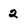
Character: 2